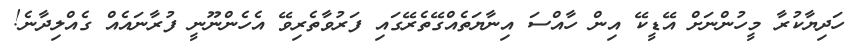
ހަދިޔާކުރާ މީހުންނަށް އޭޑީކޭ އިން ހާއްސަ އިނާޔަތެއްގޭތެރޭގައި ފަރުވާތެރިވޭ އެހެންނޫނީ ފުރާނައެއް ގެއްލިދާނެ!